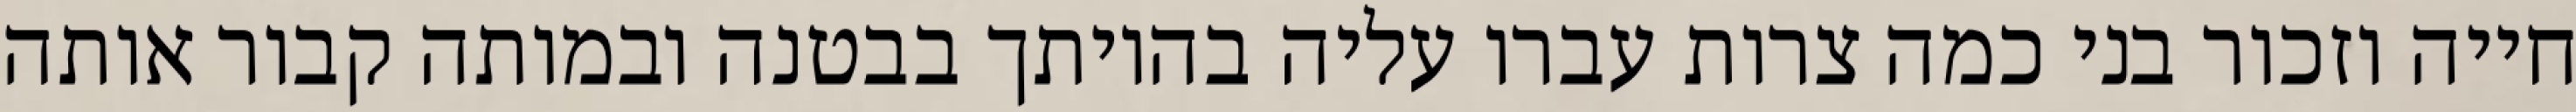
חייה וזכור בני כמה צרות עברו עליה בהיותך בבטנה ובמותה קבור אותה